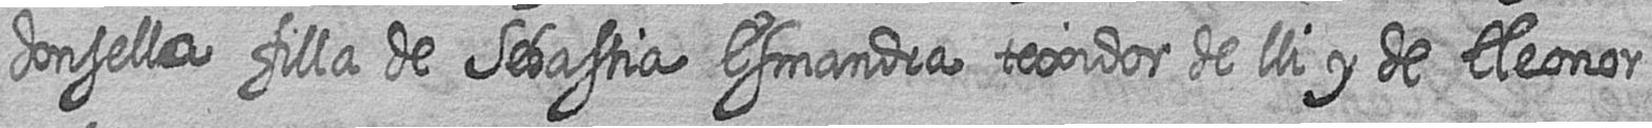
donsella filla de Sebastia Esmandra texidor de lli y de Eleonor